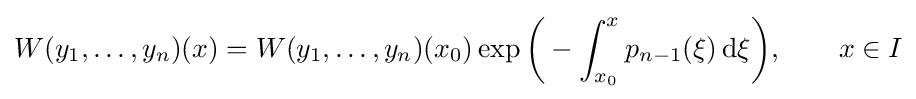
W(y_{1},\ldots ,y_{n})(x)=W(y_{1},\ldots ,y_{n})(x_{0})\exp {\biggl (}-\int _{x_{0}}^{x}p_{n-1}(\xi )\,{\textrm {d}}\xi {\biggr )},\qquad x\in I